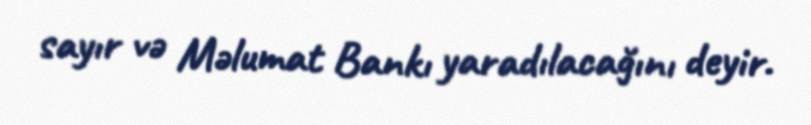
sayır və Məlumat Bankı yaradılacağını deyir.